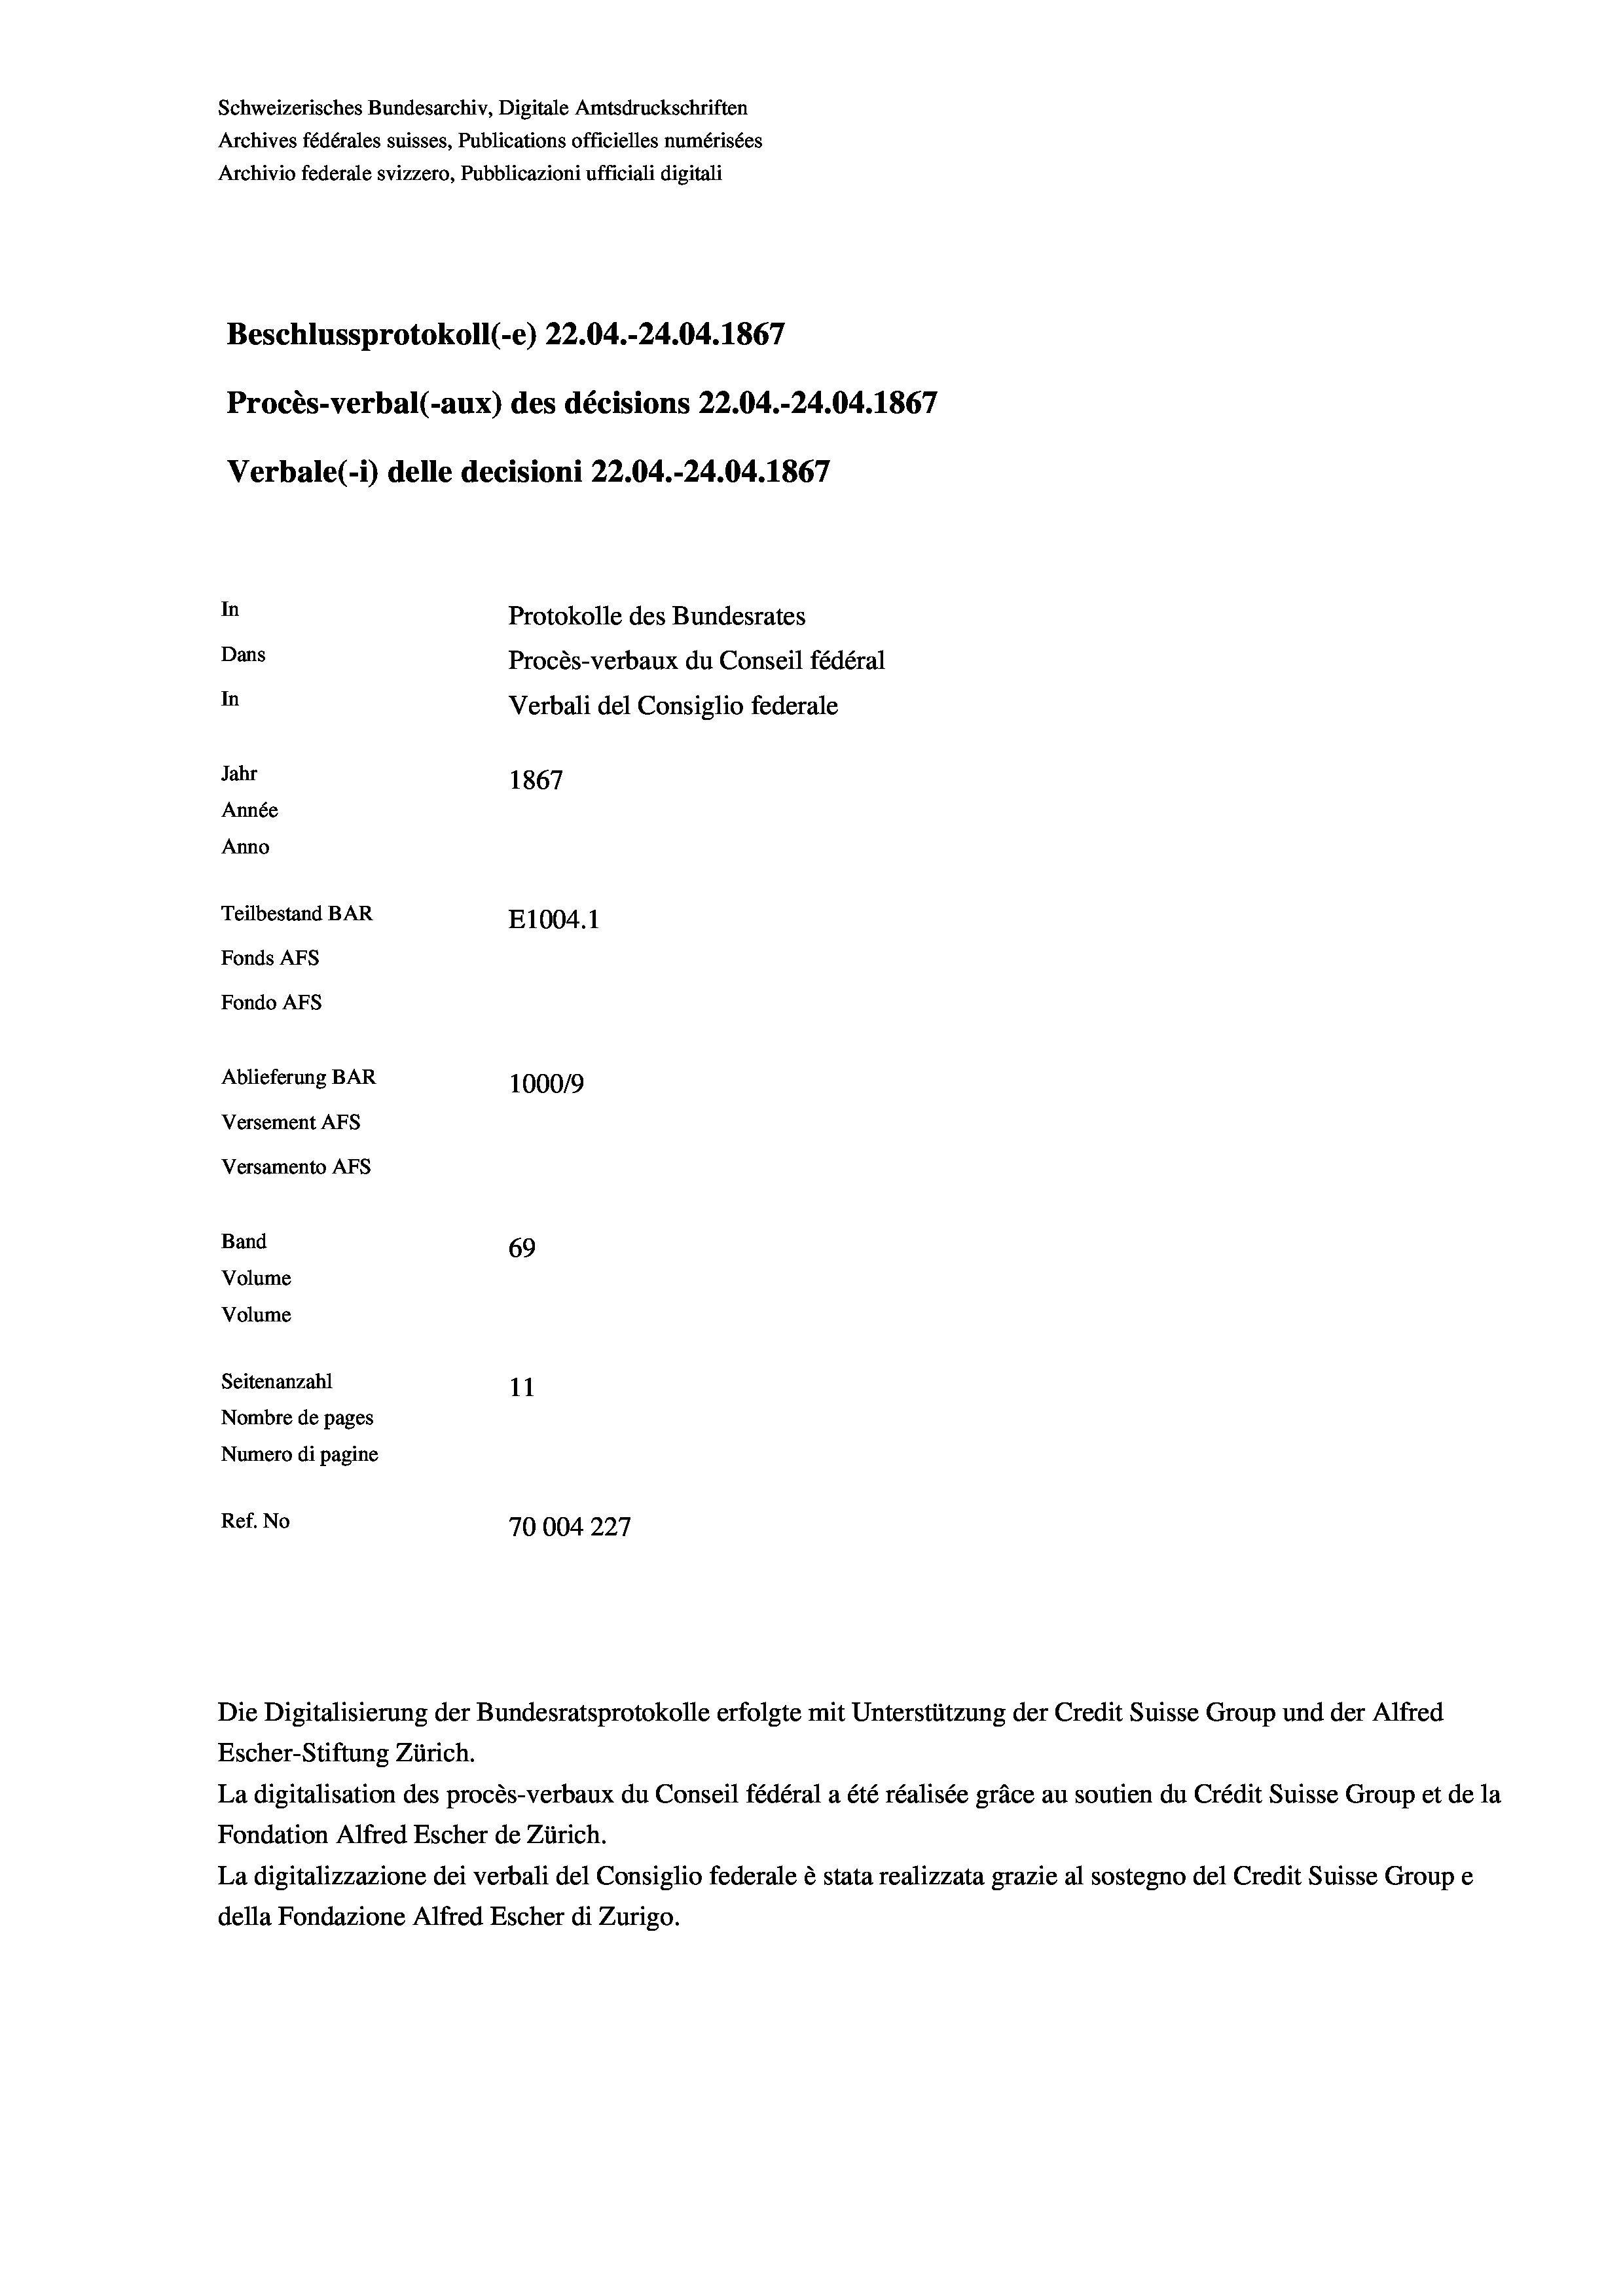
Schweizerisches Bundesarchiv, Digitale Amtsdruckschriften
Archives fédérales suisses, Publications officielles numérisées
Archivio federale svizzero, Pubblicazioni ufficiali digitali
Beschlussprotokoll (-e) 22.04.-24.04. 1867
Procès-verbal (-aux) des décisions 22.04.-24.04. 1867
Verbale(-) delle decisioni 22.04.-24.04. 1867
In
Protokolle des Bundesrates
Dans
Procès-verbaux du Conseil fédéral
In
Verbali del Consiglio federale
Jahr
1867
Année
Anno
Teilbestand BAR
E1004. 1
Fonds Afs
Fondo Afs
Ablieferung BAR
1000/9
Versement AFs
Versamento Afs
Band
69
Volume
Volume

11
Nombre de pages
Numero di pagine
Ref. No
10004227

Seitenanzahl

Escher-Stiftung Zürich.
La digitalisation des procès-verbaux du Conseil fédéral a été réalisée gräce au soutien du Crédit Suisse Group et de la
Fondation Alfred Escher de Zürich.
La digitalizzazione dei verbali del Consiglio federale è stata realizzata grazie al sostegno del Credit Suisse Groupe
della Fondazione Alfred Escher di Zurigo.

Die Digitalisierung der Bundesratsprotokolle erfolgte mit Unterstützung der Credit Suisse Group und der Alfred